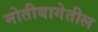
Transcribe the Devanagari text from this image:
मोतीबागेतील